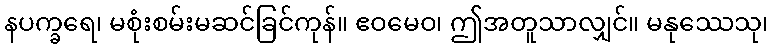
နပက္ခရေ၊ မစုံးစမ်းမဆင်ခြင်ကုန်။ ဧဝမေဝ၊ ဤအတူသာလျှင်။ မနုဿေသု၊